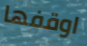
اوقفها